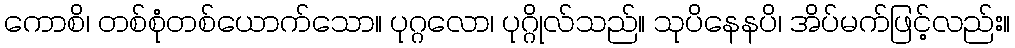
ကောစိ၊ တစ်စုံတစ်ယောက်သော။ ပုဂ္ဂလော၊ ပုဂ္ဂိုလ်သည်။ သုပိနေနပိ၊ အိပ်မက်ဖြင့်လည်း။